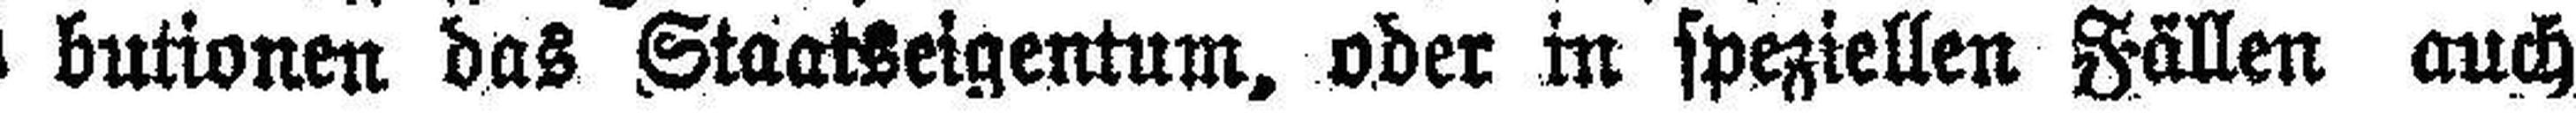
butionen das Staatseigentum, oder in speziellen Fällen auch